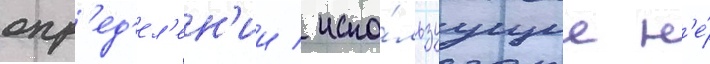
опр'ед'ел'ен'ии / испо́льзуущие н'е́